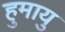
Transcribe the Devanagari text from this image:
हुमायु